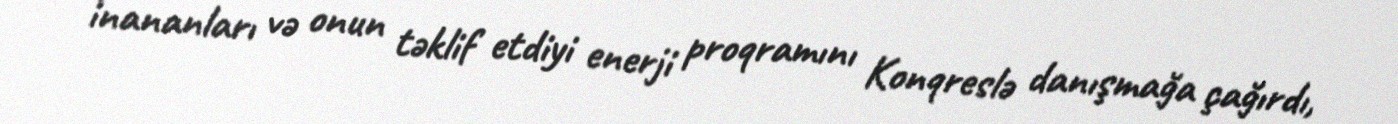
inananları və onun təklif etdiyi enerji proqramını Konqreslə danışmağa çağırdı,